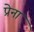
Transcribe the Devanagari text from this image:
प्रेना